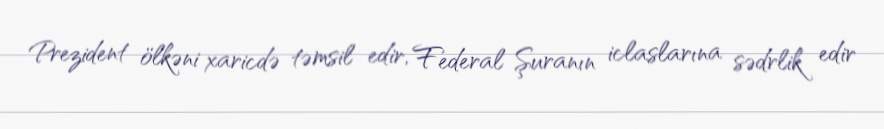
Prezident ölkəni xaricdə təmsil edir, Federal Şuranın iclaslarına sədrlik edir